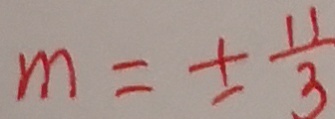
m = \pm \frac { 1 1 } { 3 }